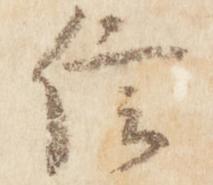
信